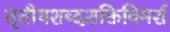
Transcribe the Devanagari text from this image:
तृतीयशब्दशक्तिविमर्श